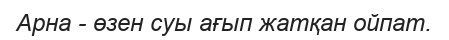
Арна - өзен суы ағып жатқан ойпат.